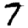
Digit: 7